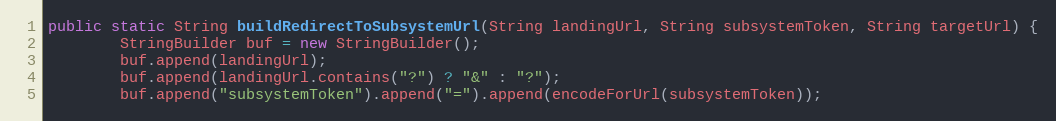
Language: Java
public static String buildRedirectToSubsystemUrl(String landingUrl, String subsystemToken, String targetUrl) {
        StringBuilder buf = new StringBuilder();
        buf.append(landingUrl);
        buf.append(landingUrl.contains("?") ? "&" : "?");
        buf.append("subsystemToken").append("=").append(encodeForUrl(subsystemToken));